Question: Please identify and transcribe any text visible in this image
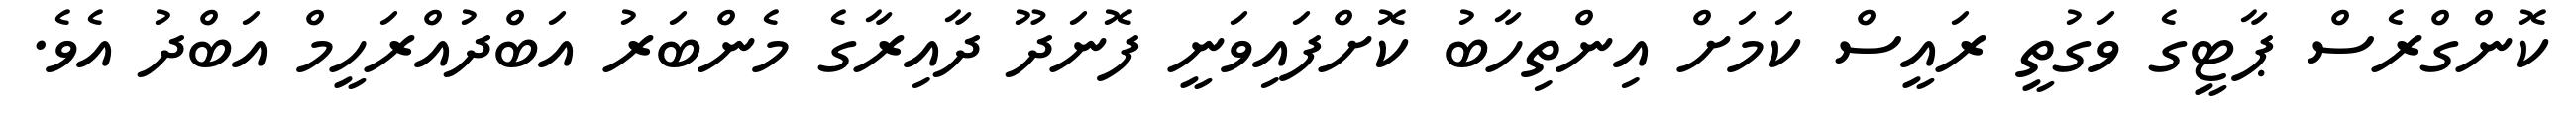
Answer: ކޮންގްރެސް ޕާޓީގެ ވަގުތީ ރައީސް ކަމަށް އިންތިހާބު ކޮށްފައިވަނީ ފޮނަދޫ ދާއިރާގެ މެންބަރު އަބްދުއްރަހީމް އަބްދު އެވެ.